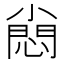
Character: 𡮮